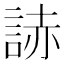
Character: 𧨃